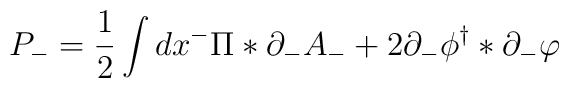
P_{-} = \frac 1 2 \int dx^{-} \Pi \ast \partial_{-} A_{-} + 2\partial_{-} \phi^{\dag} \ast \partial_{-}\varphi